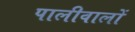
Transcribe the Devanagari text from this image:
पालीवालों